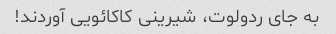
به جای ردولوت، شیرینی کاکائویی آوردند!